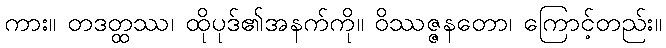
ကား။ တဒတ္ထဿ၊ ထိုပုဒ်၏အနက်ကို။ ဝိဿဇ္ဇနတော၊ ကြောင့်တည်း။